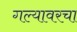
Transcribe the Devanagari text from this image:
गल्यावरचा